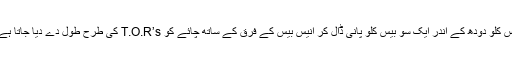
جب ہائم پر عام عوام کا رش زیادہ ھو جاتا ہے تو انیس کلو دودھ کے اندر ایک سو بیس کلو پانی ڈال کر انیس بیس کے فرق کے ساتھ چائے کو T.O.R’s کی طرح طوُل دے دیا جاتا ہے، اس چائے کے ساتھ لاٹھی چارج مفت کیا جاتا ہے۔